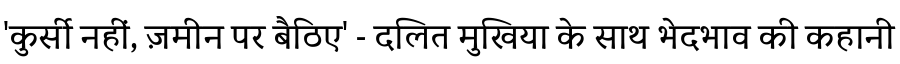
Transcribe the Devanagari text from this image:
'कुर्सी नहीं, ज़मीन पर बैठिए' - दलित मुखिया के साथ भेदभाव की कहानी